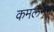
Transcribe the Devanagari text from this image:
कमलनैन